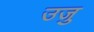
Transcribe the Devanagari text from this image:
उजु